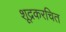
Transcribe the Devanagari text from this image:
शूद्रकरचित